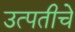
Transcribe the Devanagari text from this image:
उत्पतीचे